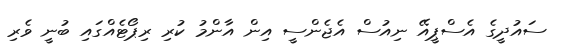
ސައުދީގެ އެސްޕީއޭ ނިއުސް އެޖެންސީ އިން އާންމު ކުރި ރިޕޯޓެއްގައި ބުނީ ވެރި